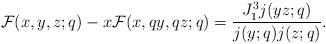
LaTeX: \begin{align*}&\mathcal{F}(x,y,z;q)-x\mathcal{F}(x,qy,qz;q)=\frac{J_1^3j(yz;q)}{j(y;q)j(z;q)}.\end{align*}